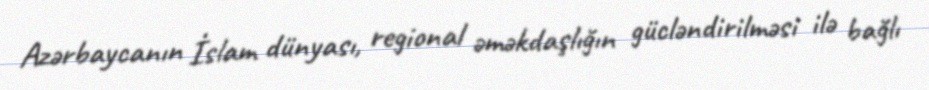
Azərbaycanın İslam dünyası, regional əməkdaşlığın gücləndirilməsi ilə bağlı